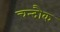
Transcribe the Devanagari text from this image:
चन्दौक